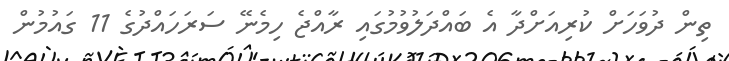
ތިން ދުވަހަށް ކުރިއަށްދާ އެ ބައްދަލުވުމުގައި ރާއްޖެ ހިމެނޭ ސަރަހައްދުގެ 11 ގައުމުން